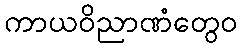
ကာယဝိညာဏံတွေဝ